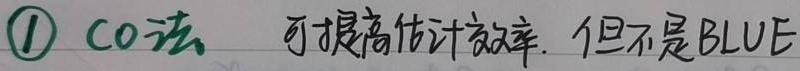
\textcircled{1} CO法 可提高估计效率. 但不是BLUE